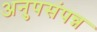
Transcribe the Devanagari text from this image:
अनुपसंपन्न